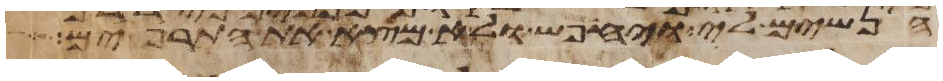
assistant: הנשים לי ויחפש ולא מצא את התרפים